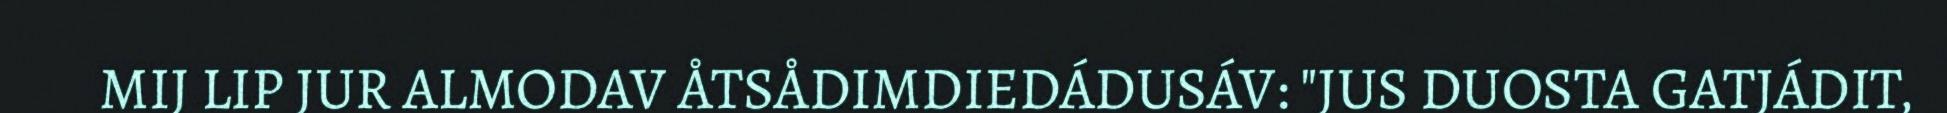
MIJ LIP JUR ALMODAV ÅTSÅDIMDIEDÁDUSÁV: "JUS DUOSTA GATJÁDIT,